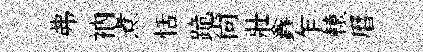
弗衲煮恬跪尚壯鑫乍轅暦